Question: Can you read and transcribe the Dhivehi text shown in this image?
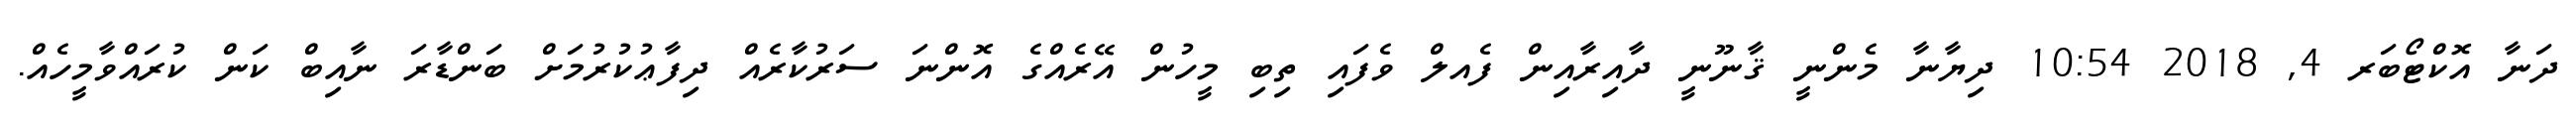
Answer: ދަނާ އޮކްޓޯބަރ 4, 2018 10:54 ދިޔާނާ މެންނީ ޤާނޫނީ ދާއިރާއިން ފެއލް ވެފައި ތިބި މީހުން އޭރެއްގެ އޮންނަ ސަރުކާރެއް ދިފާޢުކުރުމަށް ބަންޑާރަ ނާއިބް ކަން ކުރައްވާމީހެއް.